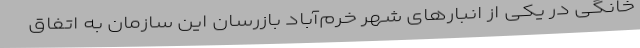
خانگی در یکی از انبارهای شهر خرم‌آباد بازرسان این سازمان به اتفاق